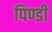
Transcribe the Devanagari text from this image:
पिण्डी